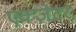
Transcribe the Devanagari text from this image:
एक्ज़ेटर